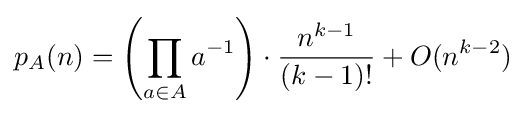
p_{A}(n)=\left(\prod _{a\in A}a^{-1}\right)\cdot {\frac {n^{k-1}}{(k-1)!}}+O(n^{k-2})